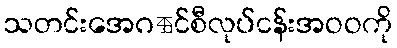
သတင်းအေဂဵင်စီလုပ်ငန်းအဝဝကို